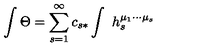
\int \Theta = \sum _ { s = 1 } ^ { \infty } c _ { s * } \int \ h _ { s } ^ { \mu _ { 1 } \cdots \mu _ { s } }